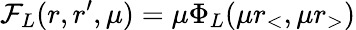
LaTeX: \mathcal{F}_{L}(r,r^{\prime},\mu)=\mu\Phi_{L}(\mu r_{<},\mu r_{>})